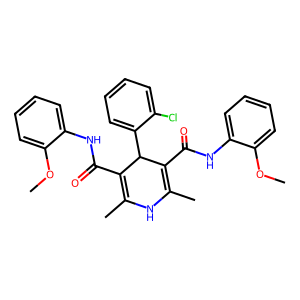
SMILES: COc1ccccc1NC(=O)C1=C(C)NC(C)=C(C(=O)Nc2ccccc2OC)C1c1ccccc1Cl
Inhibits HIV replication: No